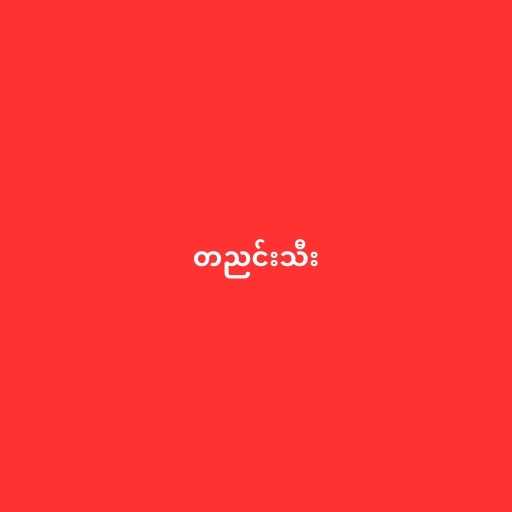
တညင်းသီး